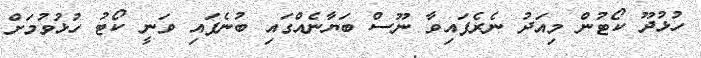
ހުޅުދޫ ކޯޓުން މިއަދު ނެރެފައިވާ ނޫސް ބަޔާނެއްގައި ބުނެފައި ވަނީ ކޯޓު ހުޅުވުމަށް